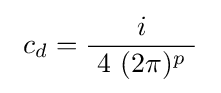
\ c_{d}={\frac {i}{\ 4\ (2\pi )^{p}\ }}~